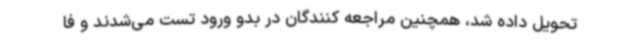
تحویل داده شد، همچنین مراجعه کنندگان در بدو ورود تست می‌شدند و فا